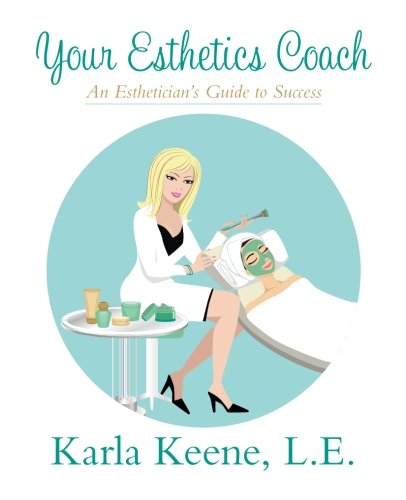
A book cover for Your Esthetics Coach; Karla Keene; Health, Fitness & Dieting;